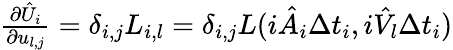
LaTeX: \begin{array}{r}{\frac{\partial\hat{U}_{i}}{\partial{u}_{l,j}}=\delta_{i,j}L_{i,l}=\delta_{i,j}L(i\hat{A}_{i}\Delta t_{i},i\hat{V_{l}}\Delta t_{i})}\end{array}